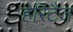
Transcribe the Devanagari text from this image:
हेरिटैज